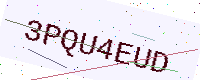
Text: 3PQU4EUD